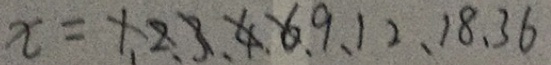
x = 1 、 2 、 3 、 4 、 6 、 9 、 1 2 、 1 8 、 3 6